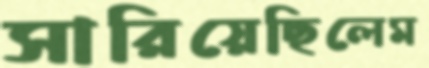
সারিয়েছিলেম